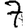
Digit: 7